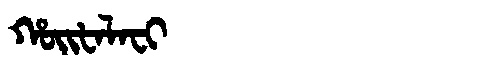
Manchu: ᡥᠣᡳᡶᠠᠯᠠᠸᡳ
Romanization: HOIFALAFI